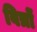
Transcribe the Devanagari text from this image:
वित्रों